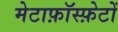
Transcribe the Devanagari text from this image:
मेटाफ़ॉस्फ़ेटों